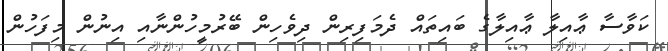
ކަވާސާ ޢާއިލާ ޢާއިލާގެ ބައިތައް ދެމަފިރިން ދިވެހިން ބޭރުމީހުންނާއި އިނުން މިފަހުން